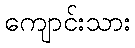
ကျောင်းသား